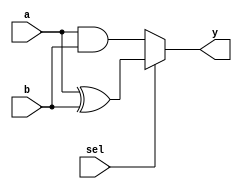
//01/30/21 12:44:58
//Authorxuhao Yang
`timescale 1ns/10ps
module  fn_sw(a,b,sel,y);
    input a;
    input b;
    input sel;
    output y;
    reg y;
    //assign y=sel?(a^b):(a&b);
    always@(a or b or sel)begin
    	if(sel==1) begin
    		y<=a^b;
    	end
    	else begin
    		y<=a&b;
    	end
    end
    	
endmodule

module fn_sw_tb;
		reg a,b,sel;
		wire y;
		fn_sw fn_sw(.a(a),.b(b),.sel(sel),.y(y));
		initial begin
				a<=0;b<=0;sel<=0;
				#10 a<=0;b<=0;sel<=1;
				#10 a<=0;b<=1;sel<=0;
				#10 a<=0;b<=1;sel<=1;
				#10 a<=1;b<=0;sel<=0;
				#10 a<=1;b<=0;sel<=1;
				#10 a<=1;b<=1;sel<=0;
				#10 a<=1;b<=1;sel<=1;
				#10 $stop;
		end
endmodule